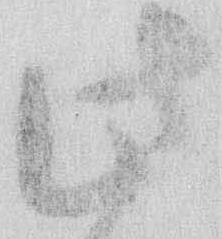
此